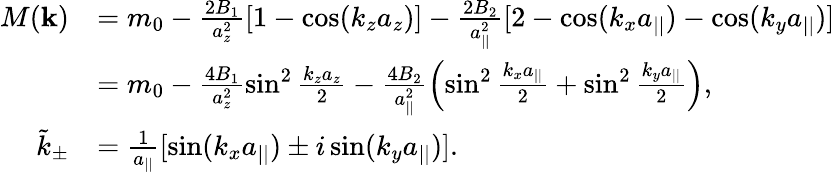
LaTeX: \begin{array}{rl}{M({\mathbf k})}&{=m_{0}-\frac{2B_{1}}{a_{z}^{2}}[1-\cos(k_{z}a_{z})]-\frac{2B_{2}}{a_{||}^{2}}[2-\cos(k_{x}a_{||})-\cos(k_{y}a_{||})]}\\ &{=m_{0}-\frac{4B_{1}}{a_{z}^{2}}\sin^{2}\frac{k_{z}a_{z}}{2}-\frac{4B_{2}}{a_{||}^{2}}\left(\sin^{2}\frac{k_{x}a_{||}}{2}+\sin^{2}\frac{k_{y}a_{||}}{2}\right),}\\ {\tilde{k}_{\pm}}&{=\frac{1}{a_{||}}[\sin(k_{x}a_{||})\pm i\sin(k_{y}a_{||})].}\end{array}